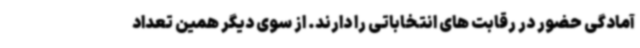
آمادگی حضور در رقابت های انتخاباتی را دارند. از سوی دیگر همین تعداد